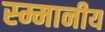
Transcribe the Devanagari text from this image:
स्म्मानीय